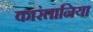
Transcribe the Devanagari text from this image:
कारंतानिया